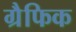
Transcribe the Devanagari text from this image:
ग्रैफिक